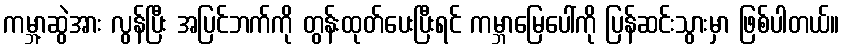
ကမ္ဘာ့ဆွဲအား လွန်ပြီး အပြင်ဘက်ကို တွန်းထုတ်ပေးပြီးရင် ကမ္ဘာမြေပေါ်ကို ပြန်ဆင်းသွားမှာ ဖြစ်ပါတယ်။